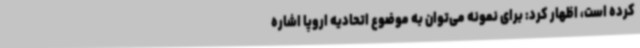
کرده است، اظهار کرد: برای نمونه می‌توان به موضوع اتحادیه اروپا اشاره